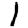
Digit: 1